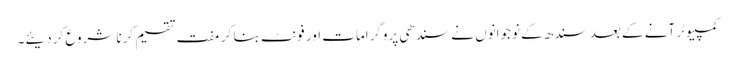
کمپیوٹر آنے کے بعد سندھ کے نوجوانوں نے سندھی پروگرامات اور فونٹ بنا کر مفت تقسیم کرنا شروع کردیئے۔